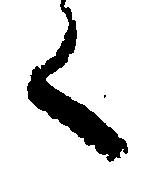
く